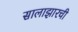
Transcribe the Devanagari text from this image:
सालाझारची